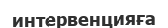
интервенцияға